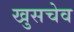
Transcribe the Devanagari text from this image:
खुसचेव